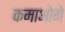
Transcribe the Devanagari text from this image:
कमाओगे